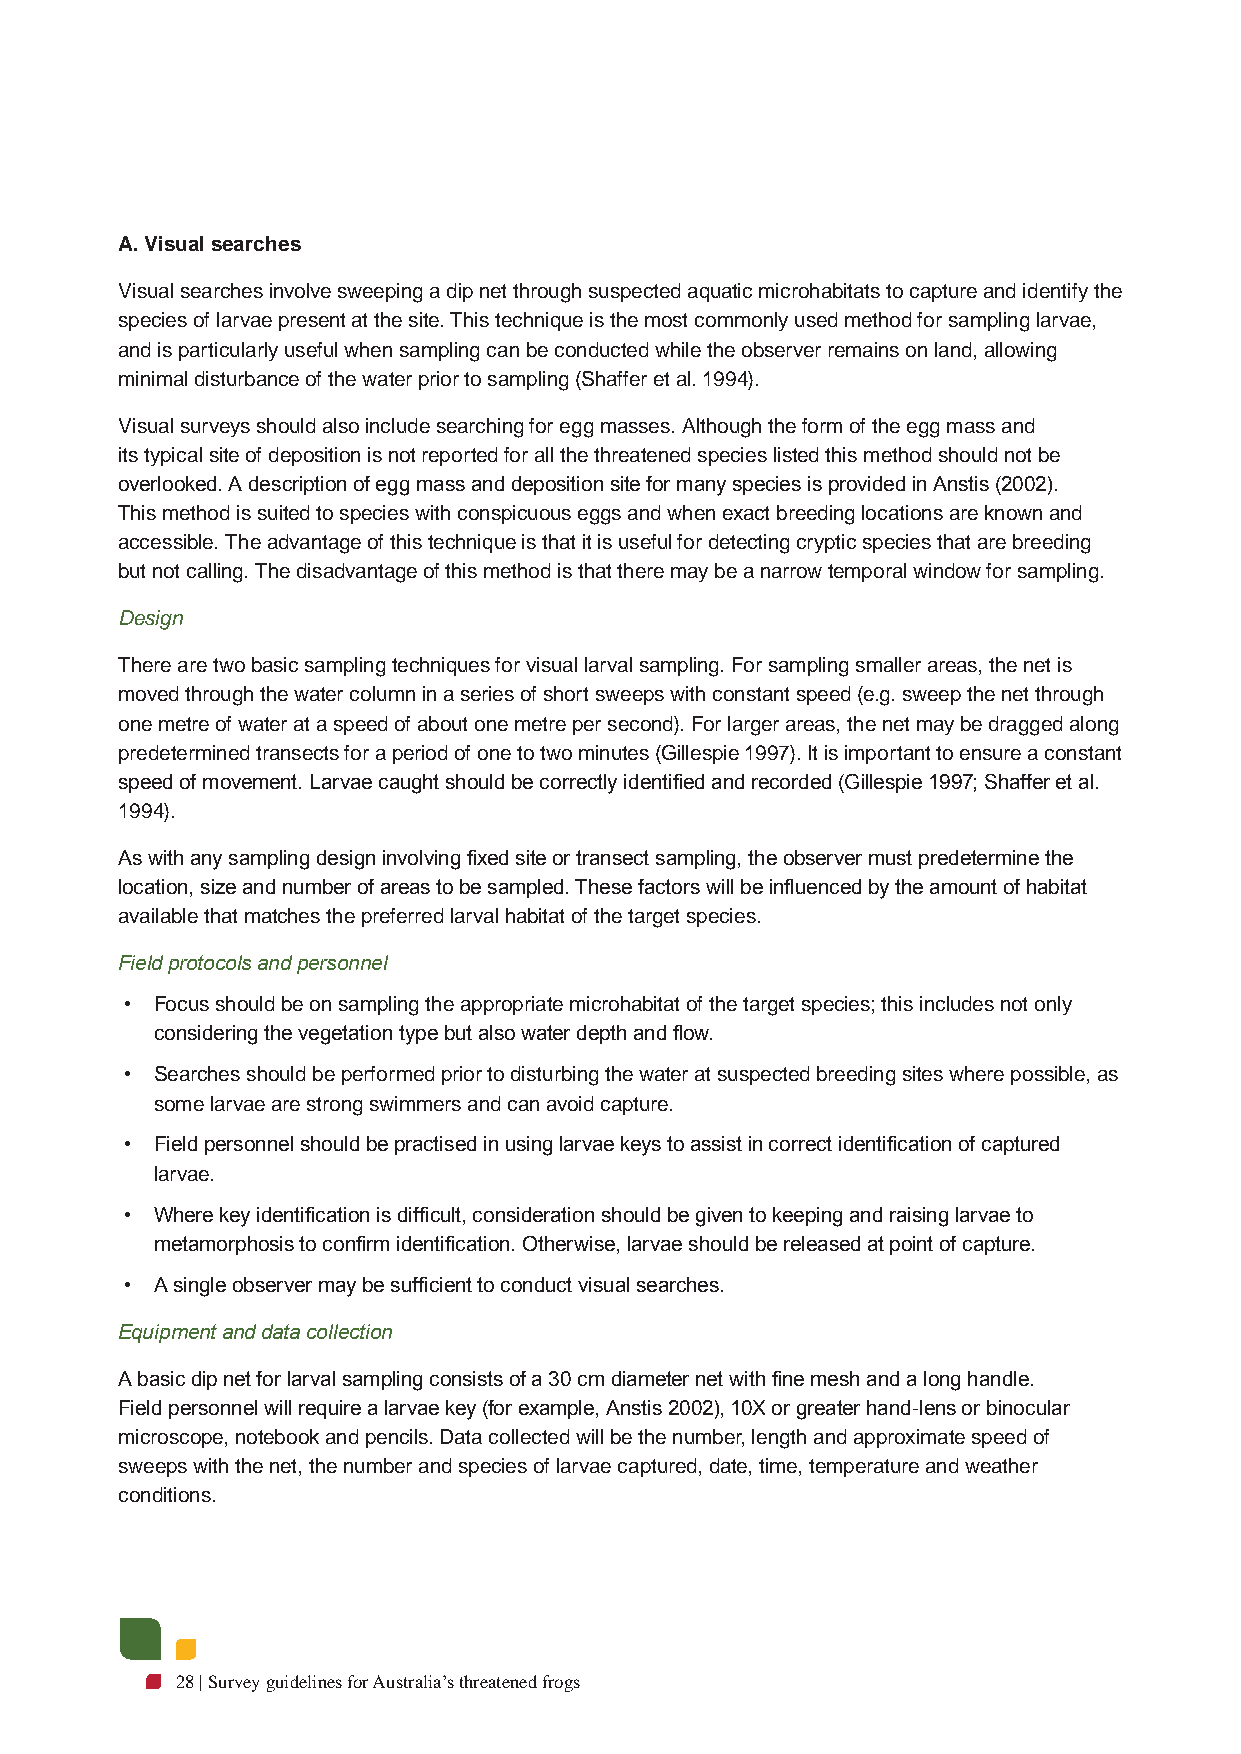
A. Visual searches
 Visual searches involve sweeping a dip net through suspected aquatic microhabitats to capture and identify the
 species of larvae present at the site. This technique is the most commonly used method for sampling larvae,
 and is particularly useful when sampling can be conducted while the observer remains on land, allowing
 minimal disturbance of the water prior to sampling (Shaffer et al. 1994).
 Visual surveys should also include searching for egg masses. Although the form of the egg mass and
 its typical site of deposition is not reported for all the threatened species listed this method should not be
 overlooked. A description of egg mass and deposition site for many species is provided in Anstis (2002).
 This method is suited to species with conspicuous eggs and when exact breeding locations are known and
 accessible. The advantage of this technique is that it is useful for detecting cryptic species that are breeding
 but not calling. The disadvantage of this method is that there may be a narrow temporal window for sampling.
 Design
 There are two basic sampling techniques for visual larval sampling. For sampling smaller areas, the net is
 moved through the water column in a series of short sweeps with constant speed (e.g. sweep the net through
 one metre of water at a speed of about one metre per second). For larger areas, the net may be dragged along
 predetermined transects for a period of one to two minutes (Gillespie 1997). It is important to ensure a constant
 speed of movement. Larvae caught should be correctly identified and recorded (Gillespie 1997; Shaffer et al.
 1994).
 As with any sampling design involving fixed site or transect sampling, the observer must predetermine the
 location, size and number of areas to be sampled. These factors will be influenced by the amount of habitat
 available that matches the preferred larval habitat of the target species.
 Field protocols and personnel
 • Focus should be on sampling the appropriate microhabitat of the target species; this includes not only
 considering the vegetation type but also water depth and flow.
 • Searches should be performed prior to disturbing the water at suspected breeding sites where possible, as
 some larvae are strong swimmers and can avoid capture.
 • Field personnel should be practised in using larvae keys to assist in correct identification of captured
 larvae.
 • Where key identification is difficult, consideration should be given to keeping and raising larvae to
 metamorphosis to confirm identification. Otherwise, larvae should be released at point of capture.
 • A single observer may be sufficient to conduct visual searches.
 Equipment and data collection
 A basic dip net for larval sampling consists of a 30 cm diameter net with fine mesh and a long handle.
 Field personnel will require a larvae key (for example, Anstis 2002), 10X or greater hand-lens or binocular
 microscope, notebook and pencils. Data collected will be the number, length and approximate speed of
 sweeps with the net, the number and species of larvae captured, date, time, temperature and weather
 conditions.
 28 | Survey guidelines for Australia’s threatened frogs